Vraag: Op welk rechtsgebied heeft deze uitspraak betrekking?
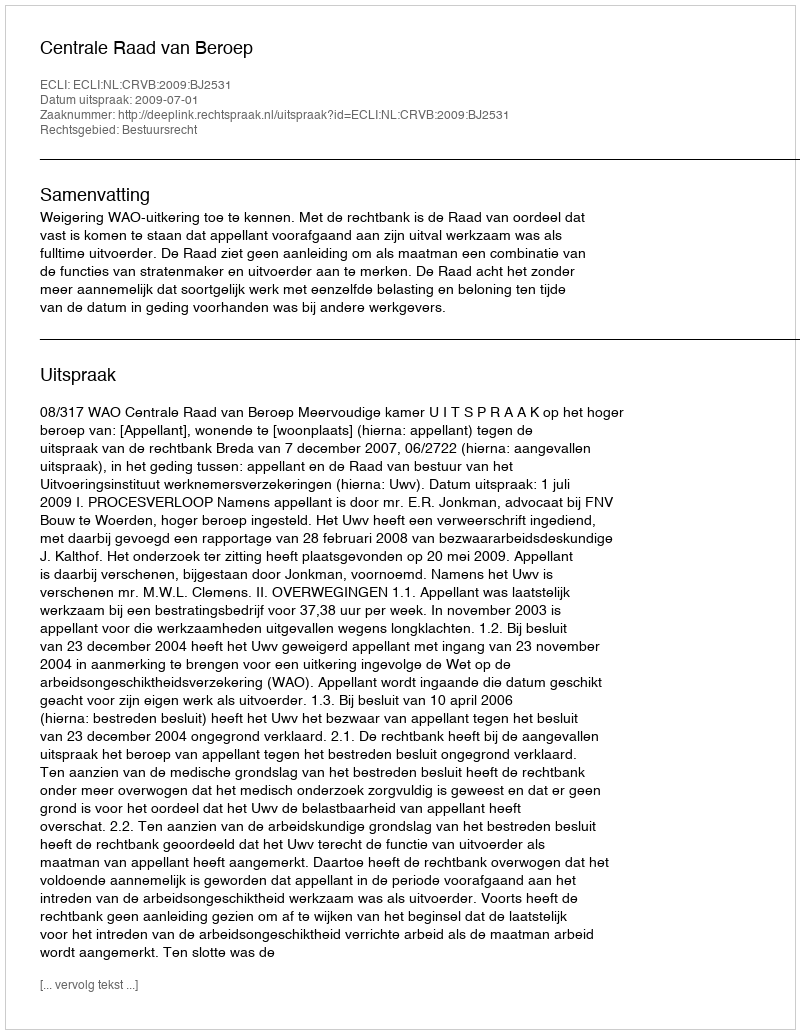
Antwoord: Bestuursrecht